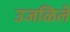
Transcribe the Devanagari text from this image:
उजळिलें